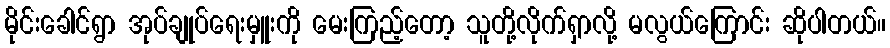
မိုင်းခေါင်ရွာ အုပ်ချုပ်ရေးမှူးကို မေးကြည့်တော့ သူတို့လိုက်ရှာလို့ မလွယ်ကြောင်း ဆိုပါတယ်။